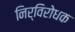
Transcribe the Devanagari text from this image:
निर्विरोधक